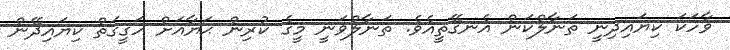
ވާހަކަ ކިޔައިދިނީ ތަނާލްކަން އެނގޭތީއެވެ. ތަނާލްވަނީ މީގެ ކުރިން ޙަޔާއަށް ހަގީގަތް ކިޔައިދޭން